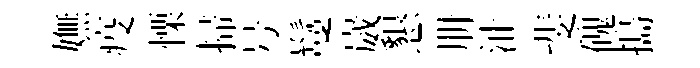
嫵疫慄掃号鬘崴懇册沚斐磈搗